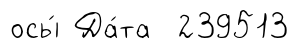
осы́ Да́та 239513